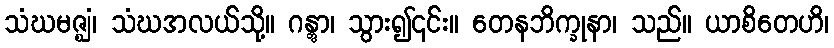
သံဃမဇ္ဈံ၊ သံဃအလယ်သို့။ ဂန္တွာ၊ သွား၍၎င်း။ တေနဘိက္ခုနာ၊ သည်။ ယာစိတေဟိ၊